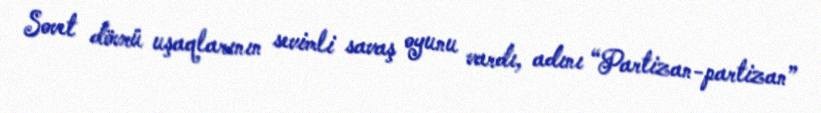
Sovet dövrü uşaqlarının sevimli savaş oyunu vardı, adını “Partizan-partizan”